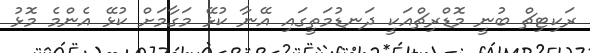
ރަކިޓިޗް ބުނީ މޮޑްރިޗްއަކީ ދަނޑުމަތީގައި އޭނާ ކުޅޭ މަގާމަށް ކުޅޭ އެންމެ މޮޅު